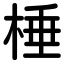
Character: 棰